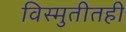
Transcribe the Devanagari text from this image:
विस्मुतीतही